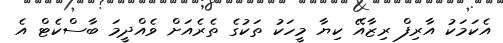
އެކަމަކު އާރިފް ރިޒާއޭ ކިޔާ މީހަކު ތަކުގެ ތެރެއަށް ވެއްދީމަ ބާސްކެޓް އެ